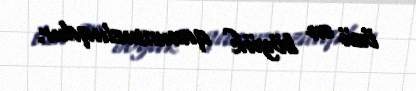
özü ən böyük qanunsuzluqdur.